Annual statistical returns and brief notes on vaccination in Bengal - 1909-1929
Year: 1909
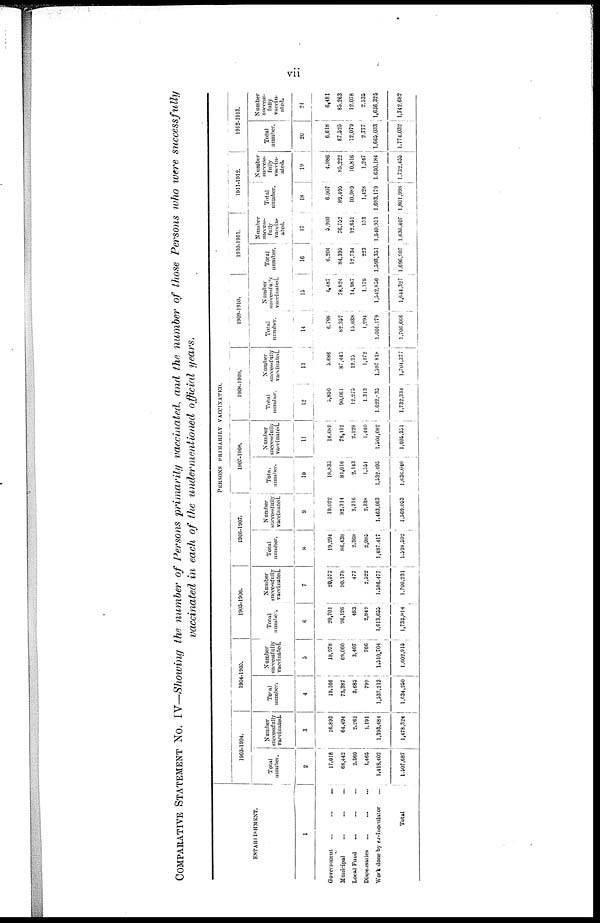
vii
COMPARATIVE STATEMENT No. IV—Showing the number of Persons primarily vaccinated, and the number of those Persons who were successfully
vaccinated in each of the undermentioned official years.
ESTABLISHMENT.
1
Government
...
...
...
Municipal ... ... ...
Local Fund ... ... ...
Dispensaries
...
...
...
Work done by ex-Inoculator ...
Total ...
PERSONS PRIMARILY VACCINATED.
1903-1904.
Total
number.
2
17,018
68,442
2,360
1,465
1,418,402
1,507,687
Number
successfully
vaccinated.
3
16,893
64,494
2,262
1,191
1,393,484
1,478,324
1904-1905.
Total
number.
4
19,166
73,387
3,685
799
1,537,213
1,634,250
Number
successfully
vaccinated.
5
18,978
69,060
3,407
766
1,510,704
1,602,915
1905-1906.
Total
number.
6
20,701
96,126
483
2,849
1,613,655
1,733,814
Number
successfully
vaccinated.
7
20,577
90,178
477
2,522
1,586,477
1,700,231
1906-1907.
Total
number.
8
19,294
86,438
2,368
2,985
1,487,417
1,598,502
Number
successfully
vaccinated.
9
19,022
82,314
2,316
2,338
1,463,063
1,569,053
1907-1908.
Total
number.
10
18,835
81,016
2,143
1,551
1,532,495
1,636,040
Number
successfully
vaccinated.
11
18,689
78,112
2,128
1,440
1,504,682
1,605,351
1908-1909.
Total
number.
12
5,850
90,061
12,275
1,313
1,622,035
1,732,334
Number
successfully
vaccinated.
13
5,686
87,445
12,25
1,172
1,597,818
1,704,377
1909-1910.
Total
number.
14
6,798
82,357
15,038
1,294
1,601,179
1,706,666
Number
successfully
vaccinated.
15
6,487
78,824
14,987
1,179
1,542,850
1,644,327
1910-1911.
Total
number.
16
6,204
84,395
12,734
223
1,593,351
1,696,907
Number
success-
fully
vaccin-
ated.
17
5,900
76,752
12,651
153
1,540,951
1,636,407
1911-1912.
Total
number.
18
6,907
89,495
10,989
1,428
1,693,179
1,801,998
Number
success-
fully
vaccin-
ated.
19
4,986
85 222
10,816
1,247
1,630,184
1,732,455
1912-1913.
Total
number.
20
6,618
87,525
12,079
2,777
1,665,033
1,774,032
Number
success-
fully
vaccin-
-ted.
21
6,481
85,263
12,078
2,535
1,636,325
1,742,682